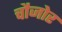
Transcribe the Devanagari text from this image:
चौजोर